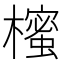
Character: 櫁